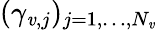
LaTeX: (\gamma_{\mathit{v},j})_{j=1,\dots,N_{\mathit{v}}}